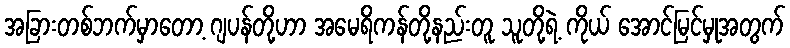
အခြားတစ်ဘက်မှာတော့ ဂျပန်တို့ဟာ အမေရိကန်တို့နည်းတူ သူတို့ရဲ့ ကိုယ် အောင်မြင်မှုအတွက်